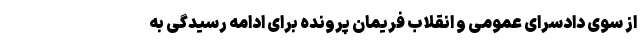
از سوی دادسرای عمومی و انقلاب فریمان پرونده برای ادامه رسیدگی به